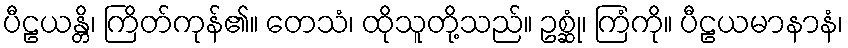
ပီဠယန္တိ၊ ကြိတ်ကုန်၏။ တေသံ၊ ထိုသူတို့သည်။ ဥစ္ဆုံ၊ ကြံကို။ ပီဠယမာနာနံ၊